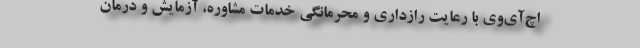
اچ‌آی‌وی با رعایت رازداری و محرمانگی خدمات مشاوره، آزمایش و درمان